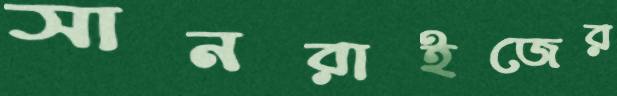
সানরাইজের